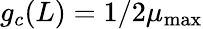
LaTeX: g_{c}(L)=1/2\mu_{\mathrm{max}}